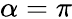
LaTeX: {\alpha=\pi}